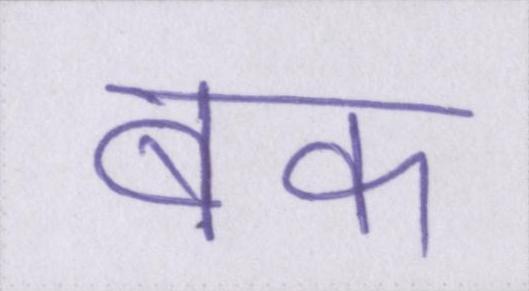
बक